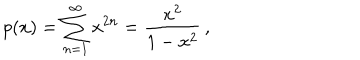
p ( x ) = \sum _ { n = 1 } ^ { \infty } x ^ { 2 n } = { \frac { x ^ { 2 } } { 1 - x ^ { 2 } } } \, ,